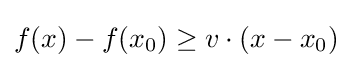
f(x)-f(x_{0})\geq v\cdot (x-x_{0})